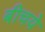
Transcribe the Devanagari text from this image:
बीचये